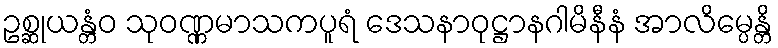
ဥစ္ဆုယန္တံဝ သုဝဏ္ဏမာသကပူရံ ဒေသနာဝုဋ္ဌာနဂါမိနီနံ အာလိမ္ပေန္တိ